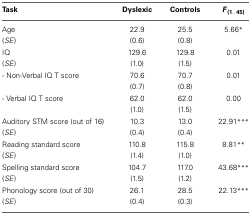
<table><thead><tr><td><b>Task</b></td><td><b>Dyslexic</b></td><td><b>Controls</b></td><td><b><i>F</i><sub>(1, 45)</sub></b></td></tr></thead><tbody><tr><td>Age</td><td>22.9</td><td>25.5</td><td>5.66<sup>*</sup></td></tr><tr><td>(<i>SE</i>)</td><td>(0.6)</td><td>(0.8)</td><td></td></tr><tr><td>IQ</td><td>129.6</td><td>129.8</td><td>0.01</td></tr><tr><td>(<i>SE</i>)</td><td>(1.0)</td><td>(1.5)</td><td></td></tr><tr><td>- Non-Verbal IQ T score</td><td>70.6</td><td>70.7</td><td>0.01</td></tr><tr><td></td><td>(0.7)</td><td>(0.8)</td><td></td></tr><tr><td>- Verbal IQ T score</td><td>62.0</td><td>62.0</td><td>0.00</td></tr><tr><td></td><td>(1.0)</td><td>(1.5)</td><td></td></tr><tr><td>Auditory STM score (out of 16)</td><td>10.3</td><td>13.0</td><td>22.91<sup>***</sup></td></tr><tr><td>(<i>SE</i>)</td><td>(0.4)</td><td>(0.4)</td><td></td></tr><tr><td>Reading standard score</td><td>110.8</td><td>115.8</td><td>8.81<sup>**</sup></td></tr><tr><td>(<i>SE</i>)</td><td>(1.4)</td><td>(1.0)</td><td></td></tr><tr><td>Spelling standard score</td><td>104.7</td><td>117.0</td><td>43.68<sup>***</sup></td></tr><tr><td>(<i>SE</i>)</td><td>(1.5)</td><td>(1.2)</td><td></td></tr><tr><td>Phonology score (out of 30)</td><td>26.1</td><td>28.5</td><td>22.13<sup>***</sup></td></tr><tr><td>(<i>SE</i>)</td><td>(0.4)</td><td>(0.3)</td><td></td></tr></tbody></table>